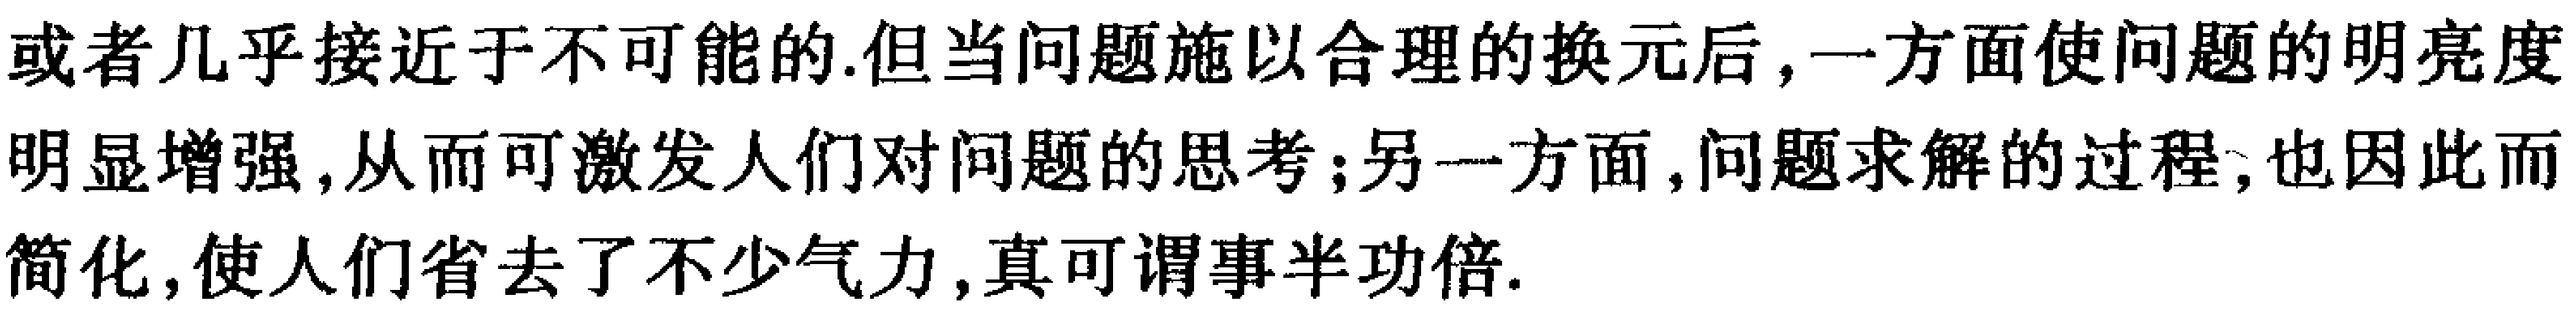
或者几乎接近于不可能的.但当问题施以合理的换元后,一方面使问题的明亮度明显增强,从而可激发人们对问题的思考;另一方面,问题求解的过程,也因此而简化,使人们省去了不少气力,真可谓事半功倍.